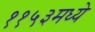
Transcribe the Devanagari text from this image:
११५३मध्ये